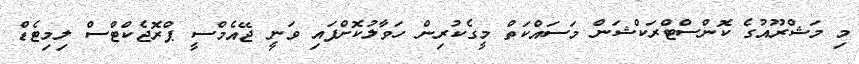
މި މަޝްރޫއުގެ ކޮންސްޓްރަކްޝަން މަސައްކަތް މީގެކުރިން ހަވާލުކޮށްފައި ވަނީ ޖޭއެމްސީ ޕްރޮޖެކްޓްސް ލިމިޓެޑް